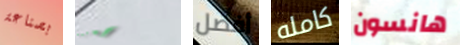
بصناعة إحترسوا أفضل كامله هانسون